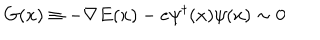
G ( x ) \equiv - \nabla E ( x ) - e \psi ^ { \dagger } ( x ) \psi ( x ) \sim 0